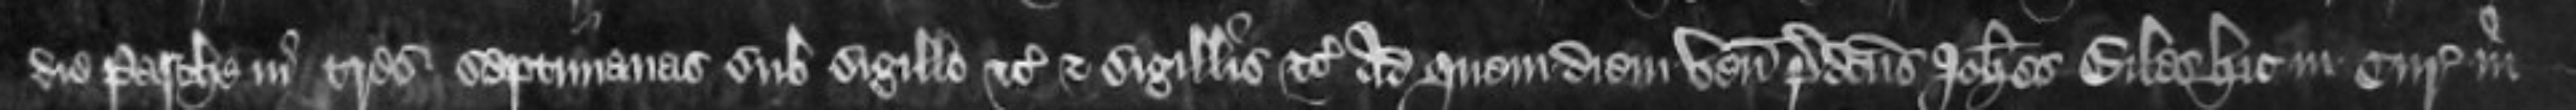
die Pasche in tres septimanas sub sigillo etc et sigillis etc Ad quem diem venit predictus Johannes Giles hic in Curia